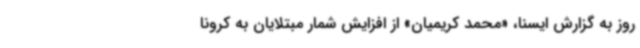
روز به گزارش ایسنا، «محمد کریمیان» از افزایش شمار مبتلایان به کرونا